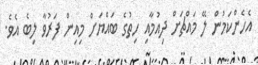
އެހެންކަމުން ލޭ މައްޗަށް ދިއުމާއި ހިތުގެ ބައްޔަށް މިއިން ފަރުވާ ލިބެ އެވެ.